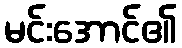
မင်းအောင်၏